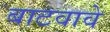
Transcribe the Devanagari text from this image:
बाटवावे